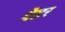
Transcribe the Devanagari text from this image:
श्वैस्टर